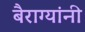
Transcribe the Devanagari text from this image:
बैराग्यांनी